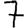
Digit: 7